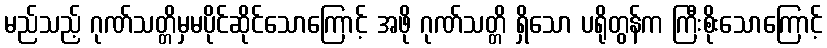
မည်သည့် ဂုဏ်သတ္တိမှမပိုင်ဆိုင်သောကြောင့် အဖို ဂုဏ်သတ္တိ ရှိသော ပရိုတွန်က ကြီးစိုးသောကြောင့်